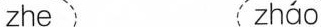
zhe zháo